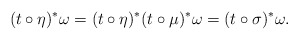
\begin{align*} (t \circ \eta)^* \omega = (t \circ \eta)^* (t\circ \mu)^* \omega = (t \circ \sigma)^* \omega. \end{align*}